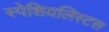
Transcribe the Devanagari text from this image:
स्पेशियलिस्टस